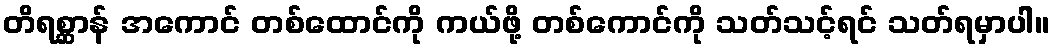
တိရစ္ဆာန် အကောင် တစ်ထောင်ကို ကယ်ဖို့ တစ်ကောင်ကို သတ်သင့်ရင် သတ်ရမှာပါ။